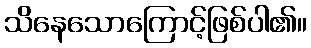
သိနေသောကြောင့်ဖြစ်ပါ၏။